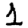
Digit: 1